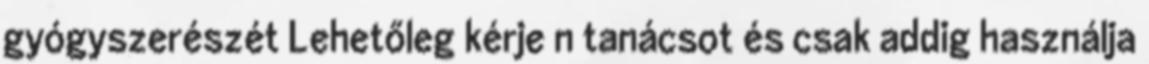
gyógy­szerészét Lehetőleg kérje n tanácsot és csak addig használja